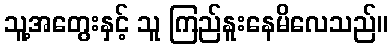
သူ့အတွေးနှင့် သူ ကြည်နူးနေမိလေသည်။